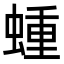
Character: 蝩